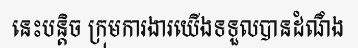
នេះបន្តិច ក្រុមការងារយើងទទួលបានដំណឹង